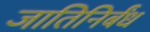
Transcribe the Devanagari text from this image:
जातिनिर्बंध